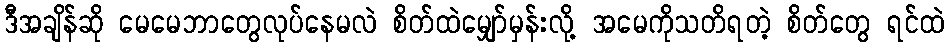
ဒီအချိန်ဆို မေမေဘာတွေလုပ်နေမလဲ စိတ်ထဲမျှော်မှန်းလို့ အမေကိုသတိရတဲ့ စိတ်တွေ ရင်ထဲ